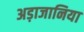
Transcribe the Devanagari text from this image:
अड़ाजानिया